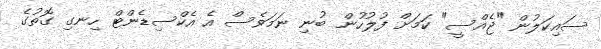
ސައިކަލުން "ޖެއްސީ" ކަމަށް ފުލުހުން ބުނި ނަމަވެސް އެ އެކްސިޑެންޓް ހިނގި ގޮތުގެ